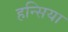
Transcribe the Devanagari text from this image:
हन्सिया